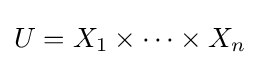
U=X_{1}\times \dots \times X_{n}